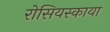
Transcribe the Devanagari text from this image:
रोसियस्काया